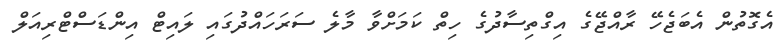
އެގޮތުން އެބަޖެހޭ ރާއްޖޭގެ އިގްތިސާދުގެ ހިތް ކަމަށްވާ މާލެ ސަރަހައްދުގައި ލައިޓް އިންޑަސްޓްރިއަލް